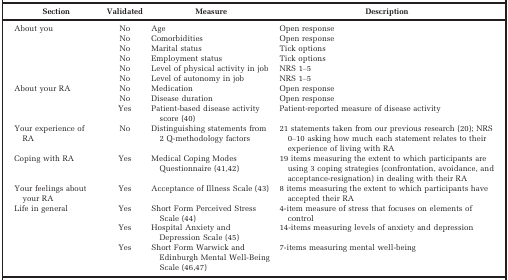
<table><thead><tr><td><b>Section</b></td><td><b>Validated</b></td><td><b>Measure</b></td><td><b>Description</b></td></tr></thead><tbody><tr><td>About you</td><td>No</td><td>Age</td><td>Open response</td></tr><tr><td></td><td>No</td><td>Comorbidities</td><td>Open response</td></tr><tr><td></td><td>No</td><td>Marital status</td><td>Tick options</td></tr><tr><td></td><td>No</td><td>Employment status</td><td>Tick options</td></tr><tr><td></td><td>No</td><td>Level of physical activity in job</td><td>NRS 1–5</td></tr><tr><td></td><td>No</td><td>Level of autonomy in job</td><td>NRS 1–5</td></tr><tr><td>About your RA</td><td>No</td><td>Medication</td><td>Open response</td></tr><tr><td></td><td>No</td><td>Disease duration</td><td>Open response</td></tr><tr><td></td><td>Yes</td><td>Patient‐based disease activity score 40</td><td>Patient‐reported measure of disease activity</td></tr><tr><td>Your experience of RA</td><td>No</td><td>Distinguishing statements from 2 Q‐methodology factors</td><td>21 statements taken from our previous research 20; NRS 0–10 asking how much each statement relates to their experience of living with RA</td></tr><tr><td>Coping with RA</td><td>Yes</td><td>Medical Coping Modes Questionnaire 41, 42</td><td>19 items measuring the extent to which participants are using 3 coping strategies (confrontation, avoidance, and acceptance‐resignation) in dealing with their RA</td></tr><tr><td>Your feelings about your RA</td><td>Yes</td><td>Acceptance of Illness Scale 43</td><td>8 items measuring the extent to which participants have accepted their RA</td></tr><tr><td>Life in general</td><td>Yes</td><td>Short Form Perceived Stress Scale 44</td><td>4‐item measure of stress that focuses on elements of control</td></tr><tr><td></td><td>Yes</td><td>Hospital Anxiety and Depression Scale 45</td><td>14‐items measuring levels of anxiety and depression</td></tr><tr><td></td><td>Yes</td><td>Short Form Warwick and Edinburgh Mental Well‐Being Scale 46, 47</td><td>7‐items measuring mental well‐being</td></tr></tbody></table>